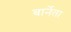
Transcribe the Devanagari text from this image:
बार्नेता